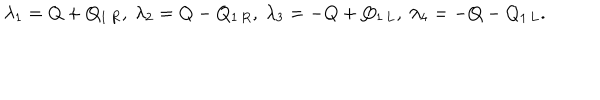
\lambda _ { 1 } = Q + Q _ { 1 \, R } , \ \lambda _ { 2 } = Q - Q _ { 1 \, R } , \ \lambda _ { 3 } = - Q + Q _ { 1 \, L } , \ \lambda _ { 4 } = - Q - Q _ { 1 \, L } .